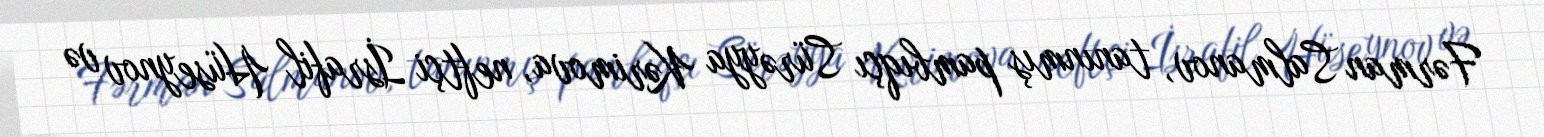
Fərman Salmanov, tanınmış pambıqçı Sürəyya Kərimova, neftçi İsrafil Hüseynov və